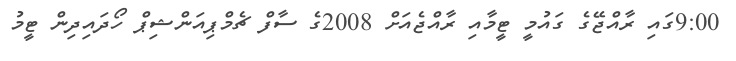
9:00ގައި ރާއްޖޭގެ ގައުމީ ޓީމާއި ރާއްޖެއަށް 2008ގެ ސާފް ޗެމްޕިއަންޝިޕް ހޯދައިދިން ޓީމު